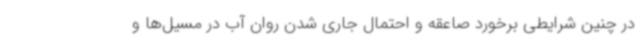
در چنین شرایطی برخورد صاعقه و احتمال جاری شدن روان آب در مسیل‌ها و